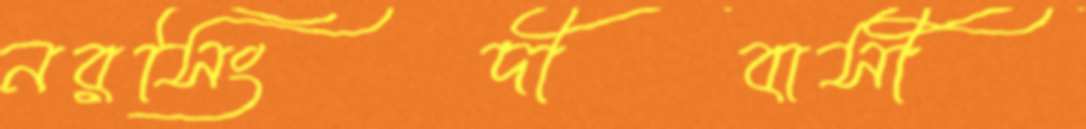
নরসিংদীবাসী